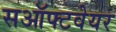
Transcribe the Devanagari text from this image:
सऑफ्टवेयर